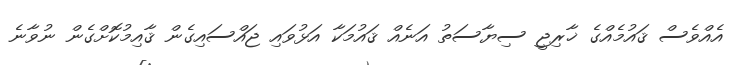
އެއްވެސް ޤައުމެއްގެ ޚާރިޖީ ސިޔާސަތު އަނެއް ޤައުމަކާ އަޅުވައި ޖައްސައިގެން ޤާއިމުކޮށްގެން ނުވާނެ